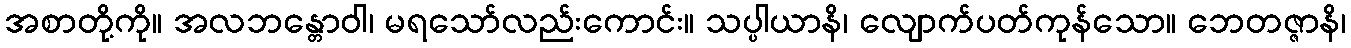
အစာတို့ကို။ အလဘန္တောဝါ၊ မရသော်လည်းကောင်း။ သပ္ပါယာနိ၊ လျောက်ပတ်ကုန်သော။ ဘေတဇ္ဇာနိ၊